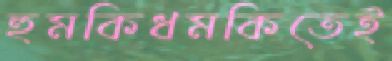
হুমকিধমকিতেই